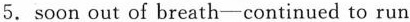
5. soon out of breath—continued to run